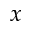
x